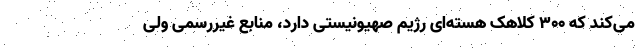
می‌کند که ۳۰۰ کلاهک هسته‌ای رژیم صهیونیستی دارد، منابع غیررسمی ولی